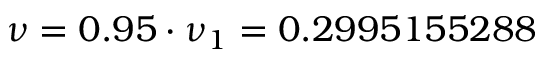
\nu = 0 . 9 5 \cdot \nu _ { 1 } = 0 . 2 9 9 5 1 5 5 2 8 8